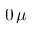
0 \, \mu